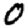
Digit: 0